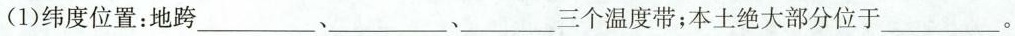
(1)纬度位置：地跨___、___、___三个温度带；本土绝大部分位于___。